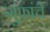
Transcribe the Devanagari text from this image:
गुंफांचे